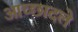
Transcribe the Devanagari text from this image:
आच्छादले